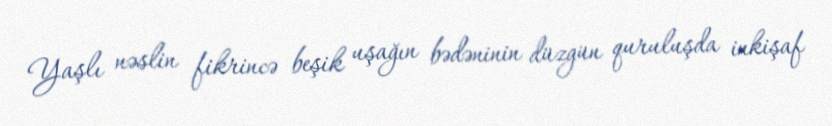
Yaşlı nəslin fikrincə beşik uşağın bədəninin düzgün quruluşda inkişaf